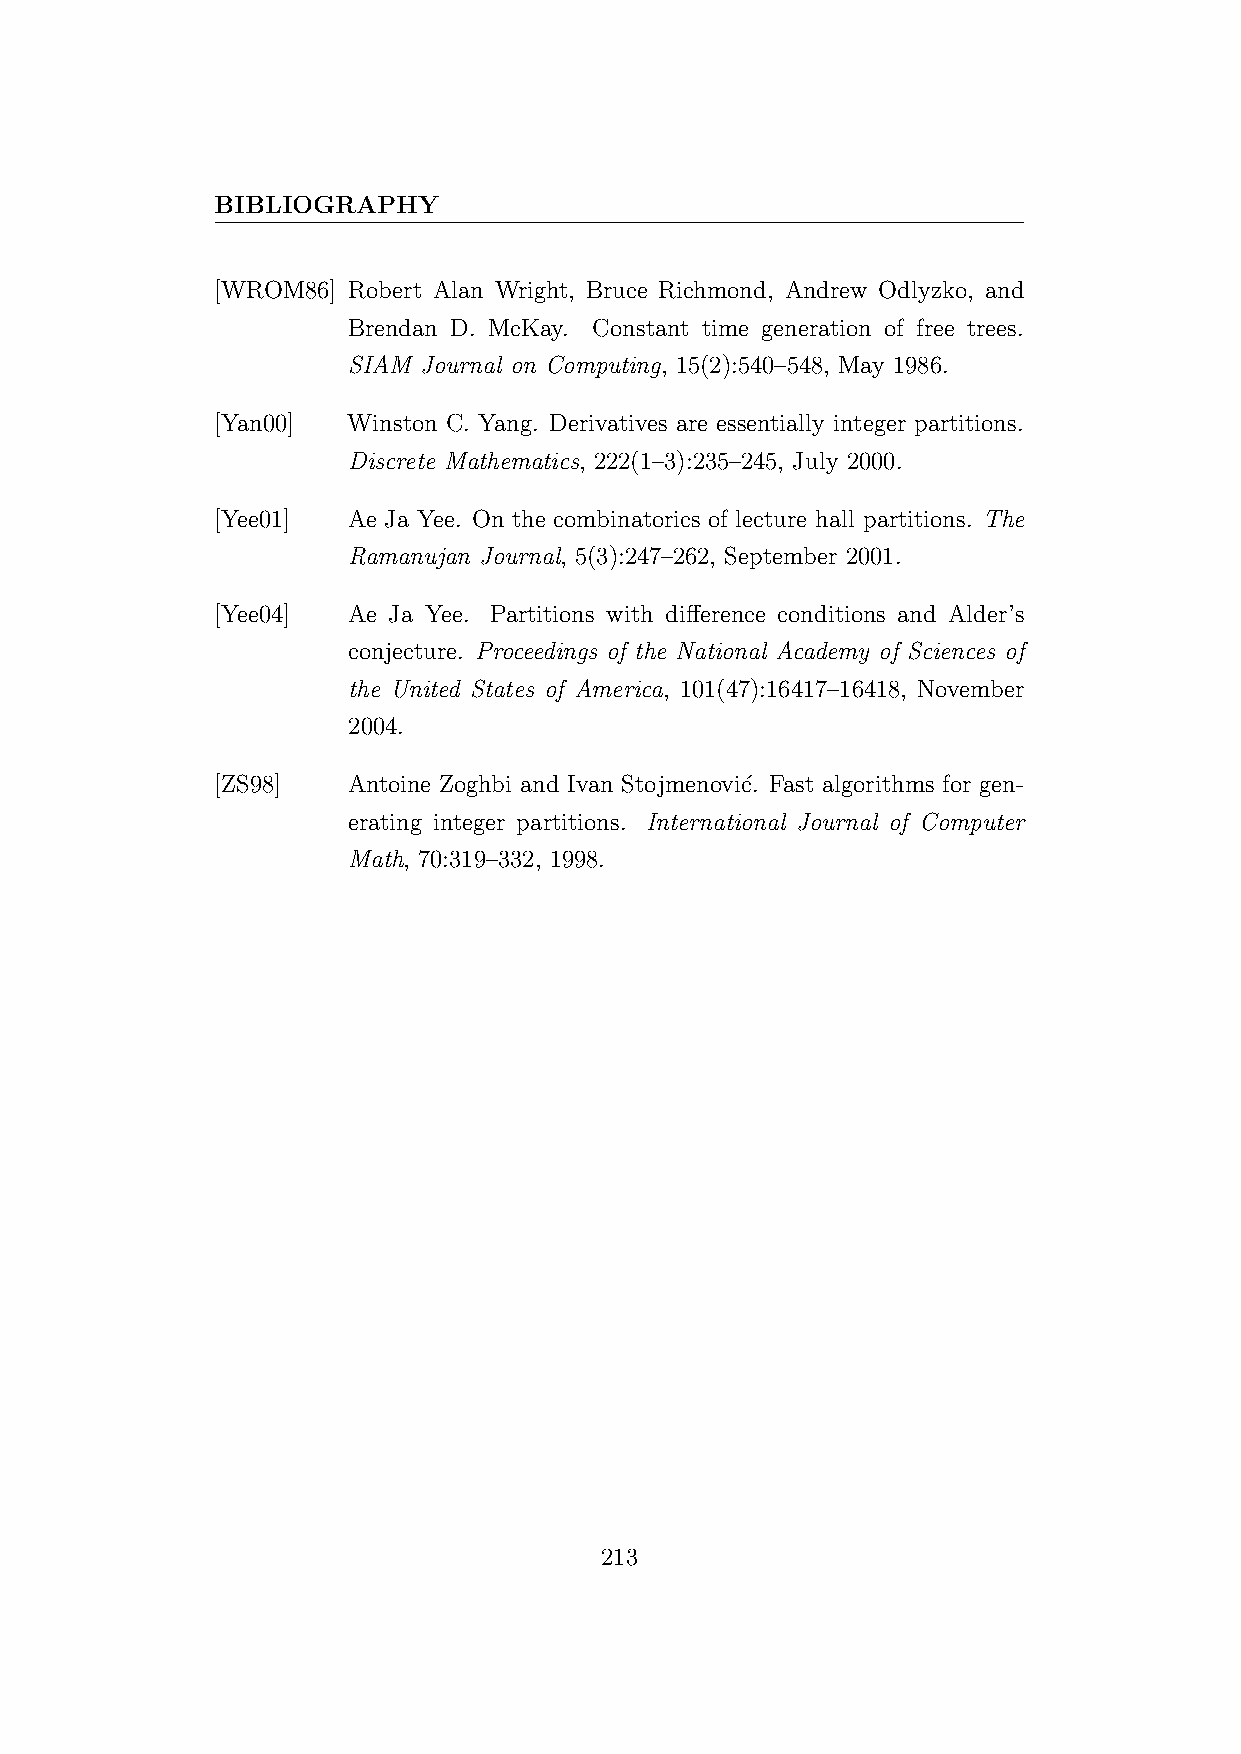
BIBLIOGRAPHY
 [WROM86] Robert Alan Wright, Bruce Richmond, Andrew Odlyzko, and
 Brendan D. McKay. Constant time generation of free trees.
 SIAM Journal on Computing, 15(2):540–548, May 1986.
 [Yan00]  Winston C. Yang. Derivatives are essentially integer partitions.
 Discrete Mathematics, 222(1–3):235–245, July 2000.
 [Yee01]  Ae Ja Yee. On the combinatorics of lecture hall partitions. The
 Ramanujan Journal, 5(3):247–262, September 2001.
 [Yee04]  Ae Ja Yee. Partitions with difference conditions and Alder’s
 conjecture. Proceedings of the National Academy of Sciences of
 the United States of America, 101(47):16417–16418, November
 2004.
 [ZS98]   Antoine Zoghbi and Ivan Stojmenovi´c. Fast algorithms for gen-
 erating integer partitions. International Journal of Computer
 Math, 70:319–332, 1998.
 213